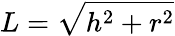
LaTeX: L={\sqrt{h^{2}+r^{2}}}